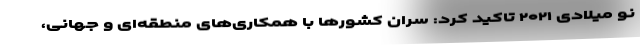
نو میلادی ۲۰۲۱ تاکید کرد: سران کشورها با همکاری‌های منطقه‌ای و جهانی،